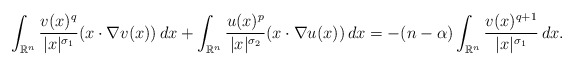
\begin{align*}\int_{\mathbb{R}^n} \frac{v(x)^{q}}{|x|^{\sigma_1}}(x\cdot \nabla v(x))\,dx + \int_{\mathbb{R}^n} \frac{u(x)^{p}}{|x|^{\sigma_2}}(x\cdot \nabla u(x))\,dx = -(n-\alpha)\int_{\mathbb{R}^n} \frac{v(x)^{q+1}}{|x|^{\sigma_1}}\,dx.\end{align*}